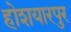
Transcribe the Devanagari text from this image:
होशयारपुर